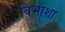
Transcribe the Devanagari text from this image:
विभाशा